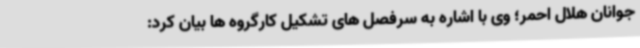
جوانان هلال احمر؛ وی با اشاره به سرفصل های تشکیل کارگروه ها بیان کرد: